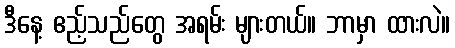
ဒီနေ့ ဧည့်သည်တွေ အရမ်း များတယ်။ ဘာမှာ ထားလဲ။